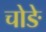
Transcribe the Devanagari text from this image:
चोङे